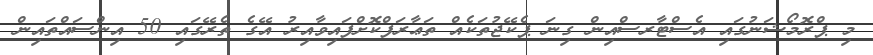
މި ޕްރޮމޯޝަނުގައި އެސްޓާރސްއިން ގިނަ ޕެކޭޖުތަކެއް ތަޢާރަފްކޮށްފައިވާއިރު އޭގެ ތެރޭގައި 50 އިންސައްތައިން